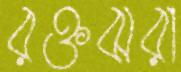
রক্তঝরা